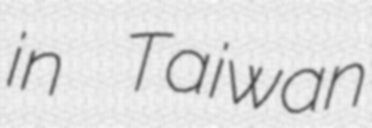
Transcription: in Taiwan